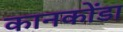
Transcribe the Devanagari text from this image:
कानकोंडा